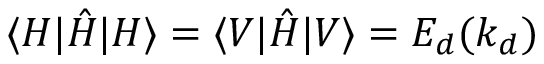
\langle H | \hat { H } | H \rangle = \langle V | \hat { H } | V \rangle = E _ { d } ( k _ { d } )